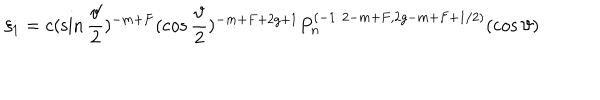
LaTeX: \xi _ { 1 } = c ( \sin \frac \vartheta 2 ) ^ { - m + F } ( \cos \frac \vartheta 2 ) ^ { - m + F + 2 g + 1 } P _ { n } ^ { ( - 1 / 2 - m + F , 2 g - m + F + 1 / 2 ) } ( \cos \vartheta )